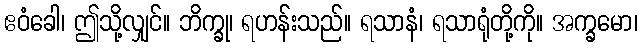
ဧဝံခေါ၊ ဤသို့လျှင်။ ဘိက္ခု၊ ရဟန်းသည်။ ရသာနံ၊ ရသာရုံတို့ကို။ အက္ခမော၊